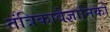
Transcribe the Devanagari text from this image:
तंत्रिकावैज्ञानिको